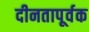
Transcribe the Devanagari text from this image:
दीनतापूर्वक